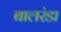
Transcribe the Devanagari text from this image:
बालरंडा